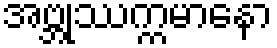
အဗ္ဘုဿက္ကမာနော